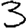
Digit: 3